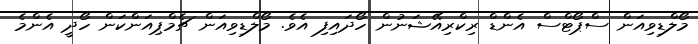
މޯލްޑިވިއަން ސްޕޯޓްސް އެންޑް ރިކްރިއޭޝަނުން ހޯދައިފި އެވެ. މޯލްޑިވިއަން ޗެމްޕިއަންކަން ހޯދީ އެންމެ